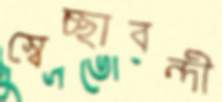
স্বেচ্ছাবন্দী